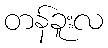
တန်ခူးလ